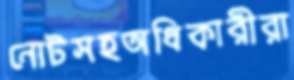
নোটসহঅধিকারীরা